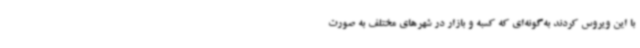
با این ویروس کردند به‌گونه‌ای که کسبه و بازار در شهرهای مختلف به صورت